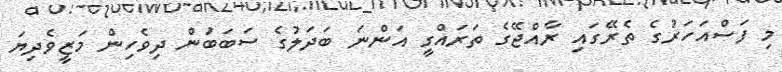
މި ފަސްއަހަރުގެ ތެރޭގައި ރާއްޖޭގެ ތަރައްގީ އަންނަ ބަދަލުގެ ސަބަބަުން ދިވެހިން މަޒީވެދިޔަ